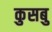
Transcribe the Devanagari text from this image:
कुसबु